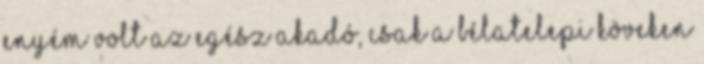
enyém volt az egész akadó, csak a bélatelepi köveken